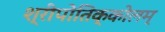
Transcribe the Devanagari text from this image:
श्रीपोतिक्कोलम्